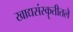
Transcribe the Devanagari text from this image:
खाद्यसंस्कॄतीतले